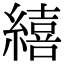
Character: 繥